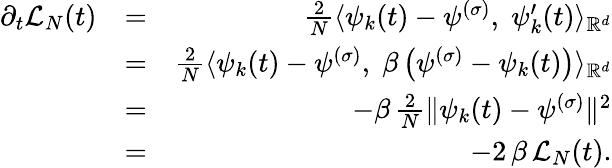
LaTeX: \begin{array}{rlr}{\partial_{t}\mathcal L_{N}(t)}&{=}&{\frac{2}{N}\langle\psi_{k}(t)-\psi^{(\sigma)},\; \psi_{k}^{\prime}(t)\rangle_{{\mathbb R}^{d}}}\\ &{=}&{\frac{2}{N}\langle\psi_{k}(t)-\psi^{(\sigma)},\; \beta\left(\psi^{(\sigma)}-\psi_{k}(t)\right)\rangle_{{\mathbb R}^{d}}}\\ &{=}&{-\beta\, \frac{2}{N}\| \psi_{k}(t)-\psi^{(\sigma)}\| ^{2}}\\ &{=}&{-2\, \beta\, \mathcal L_{N}(t).}\end{array}